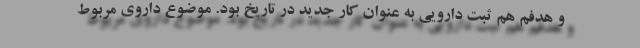
و هدفم هم ثبت دارویی به عنوان کار جدید در تاریخ بود. موضوع داروی مربوط